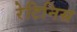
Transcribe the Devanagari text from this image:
रेटिनिस